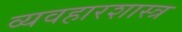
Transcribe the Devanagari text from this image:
व्यवहारशास्त्र